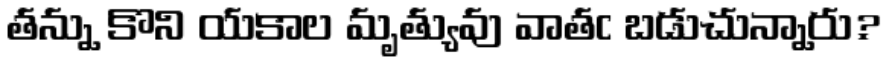
తన్ను కొని యకాల మృత్యువు వాతఁ బడుచున్నారు?